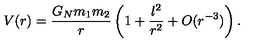
V ( r ) = \frac { G _ { N } m _ { 1 } m _ { 2 } } { r } \left( 1 + \frac { l ^ { 2 } } { r ^ { 2 } } + O ( r ^ { - 3 } ) \right) .